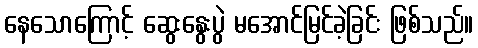
နေသောကြောင့် ဆွေးနွေးပွဲ မအောင်မြင်ခဲ့ခြင်း ဖြစ်သည်။